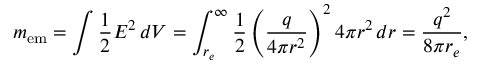
m _ { \mathrm { e m } } = \int { \frac { 1 } { 2 } } E ^ { 2 } \, d V = \int _ { r _ { e } } ^ { \infty } { \frac { 1 } { 2 } } \left( { \frac { q } { 4 \pi r ^ { 2 } } } \right) ^ { 2 } 4 \pi r ^ { 2 } \, d r = { \frac { q ^ { 2 } } { 8 \pi r _ { e } } } ,